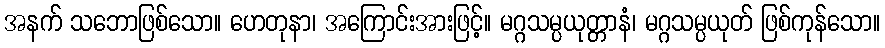
အနက် သဘောဖြစ်သော။ ဟေတုနာ၊ အကြောင်းအားဖြင့်။ မဂ္ဂသမ္ပယုတ္တာနံ၊ မဂ္ဂသမ္ပယုတ် ဖြစ်ကုန်သော။